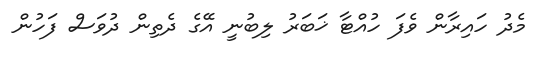
މެދު ހައިރާން ވެފަ ހުއްޓާ ޚަބަރު ލިބުނީ އޭގެ ދެތިން ދުވަސް ފަހުން